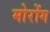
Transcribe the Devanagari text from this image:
मोरोंग